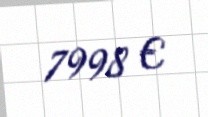
7998 €